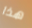
هذا